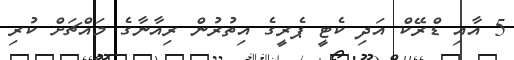
5 އާއި ޑްރޭކް އަދި ކެޓީ ޕެރީގެ އިތުރުން ރިއާނާގެ މައްޗަށް ކުރި